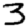
Digit: 3